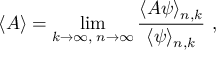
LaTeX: \langle { \cal A } \rangle = \operatorname * { l i m } _ { k \to \infty , \; n \to \infty } { \frac { \langle { \cal A } \psi \rangle _ { n , k } } { \langle \psi \rangle _ { n , k } } } \ ,